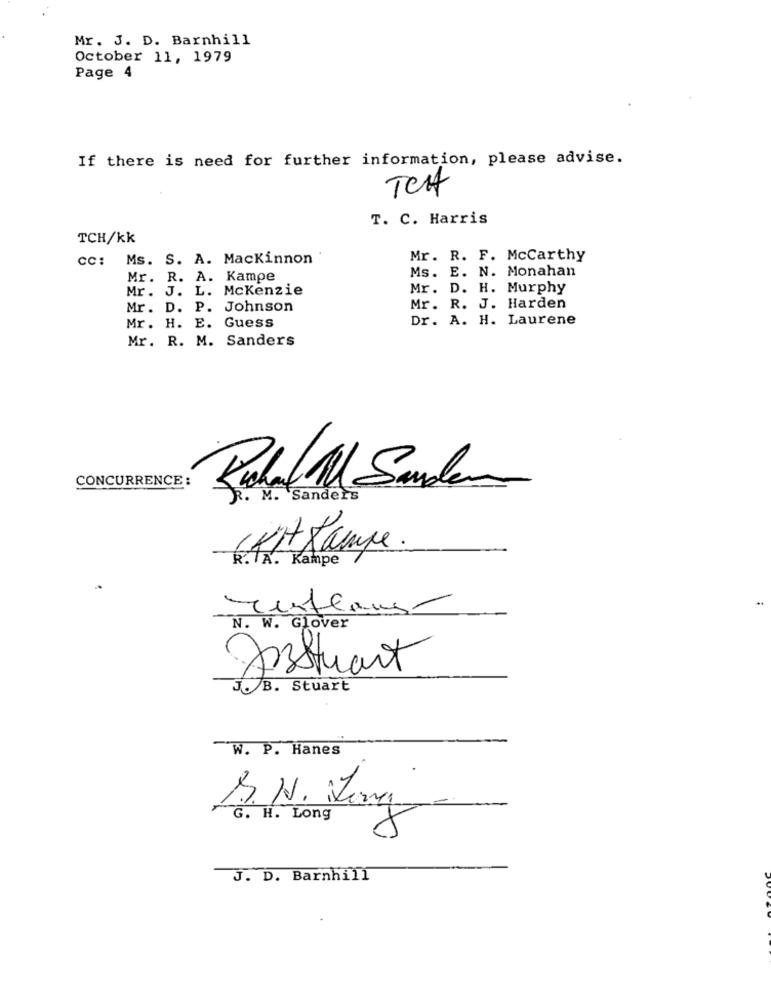
Mr. J. D. Barnhill
October 11, 1979
Page 4
If there is need for further information, please advise.
TCH
T. C. Harris
TCH/kk
cc: Ms. S. A. Mackinnon
Mr. R. F. McCarthy
Ms. E. N. Monahan
Mr. R. A. Kampe
Mr. J. L. Mckenzie
Mr. D. H. Murphy
Mr. D. P. Johnson
Mr. R. J. Harden
Dr. A. H. Laurene
Mr. H. E. Guess
Mr. R. M. Sanders
CONCURRENCE :
Rishal Ml Sandler
R. M. Sanders
(Kit tampe .
Kampe
Justlaus-
N. W. Glover
Asstuart
JOB. Stuart
W. P. Hanes
G. H. Long
J. D. Barnhill